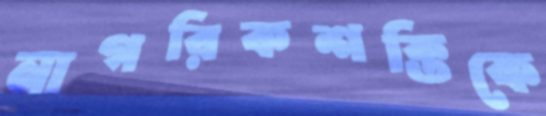
নাগরিকশক্তিকে